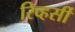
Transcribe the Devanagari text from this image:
रिव्हर्सी